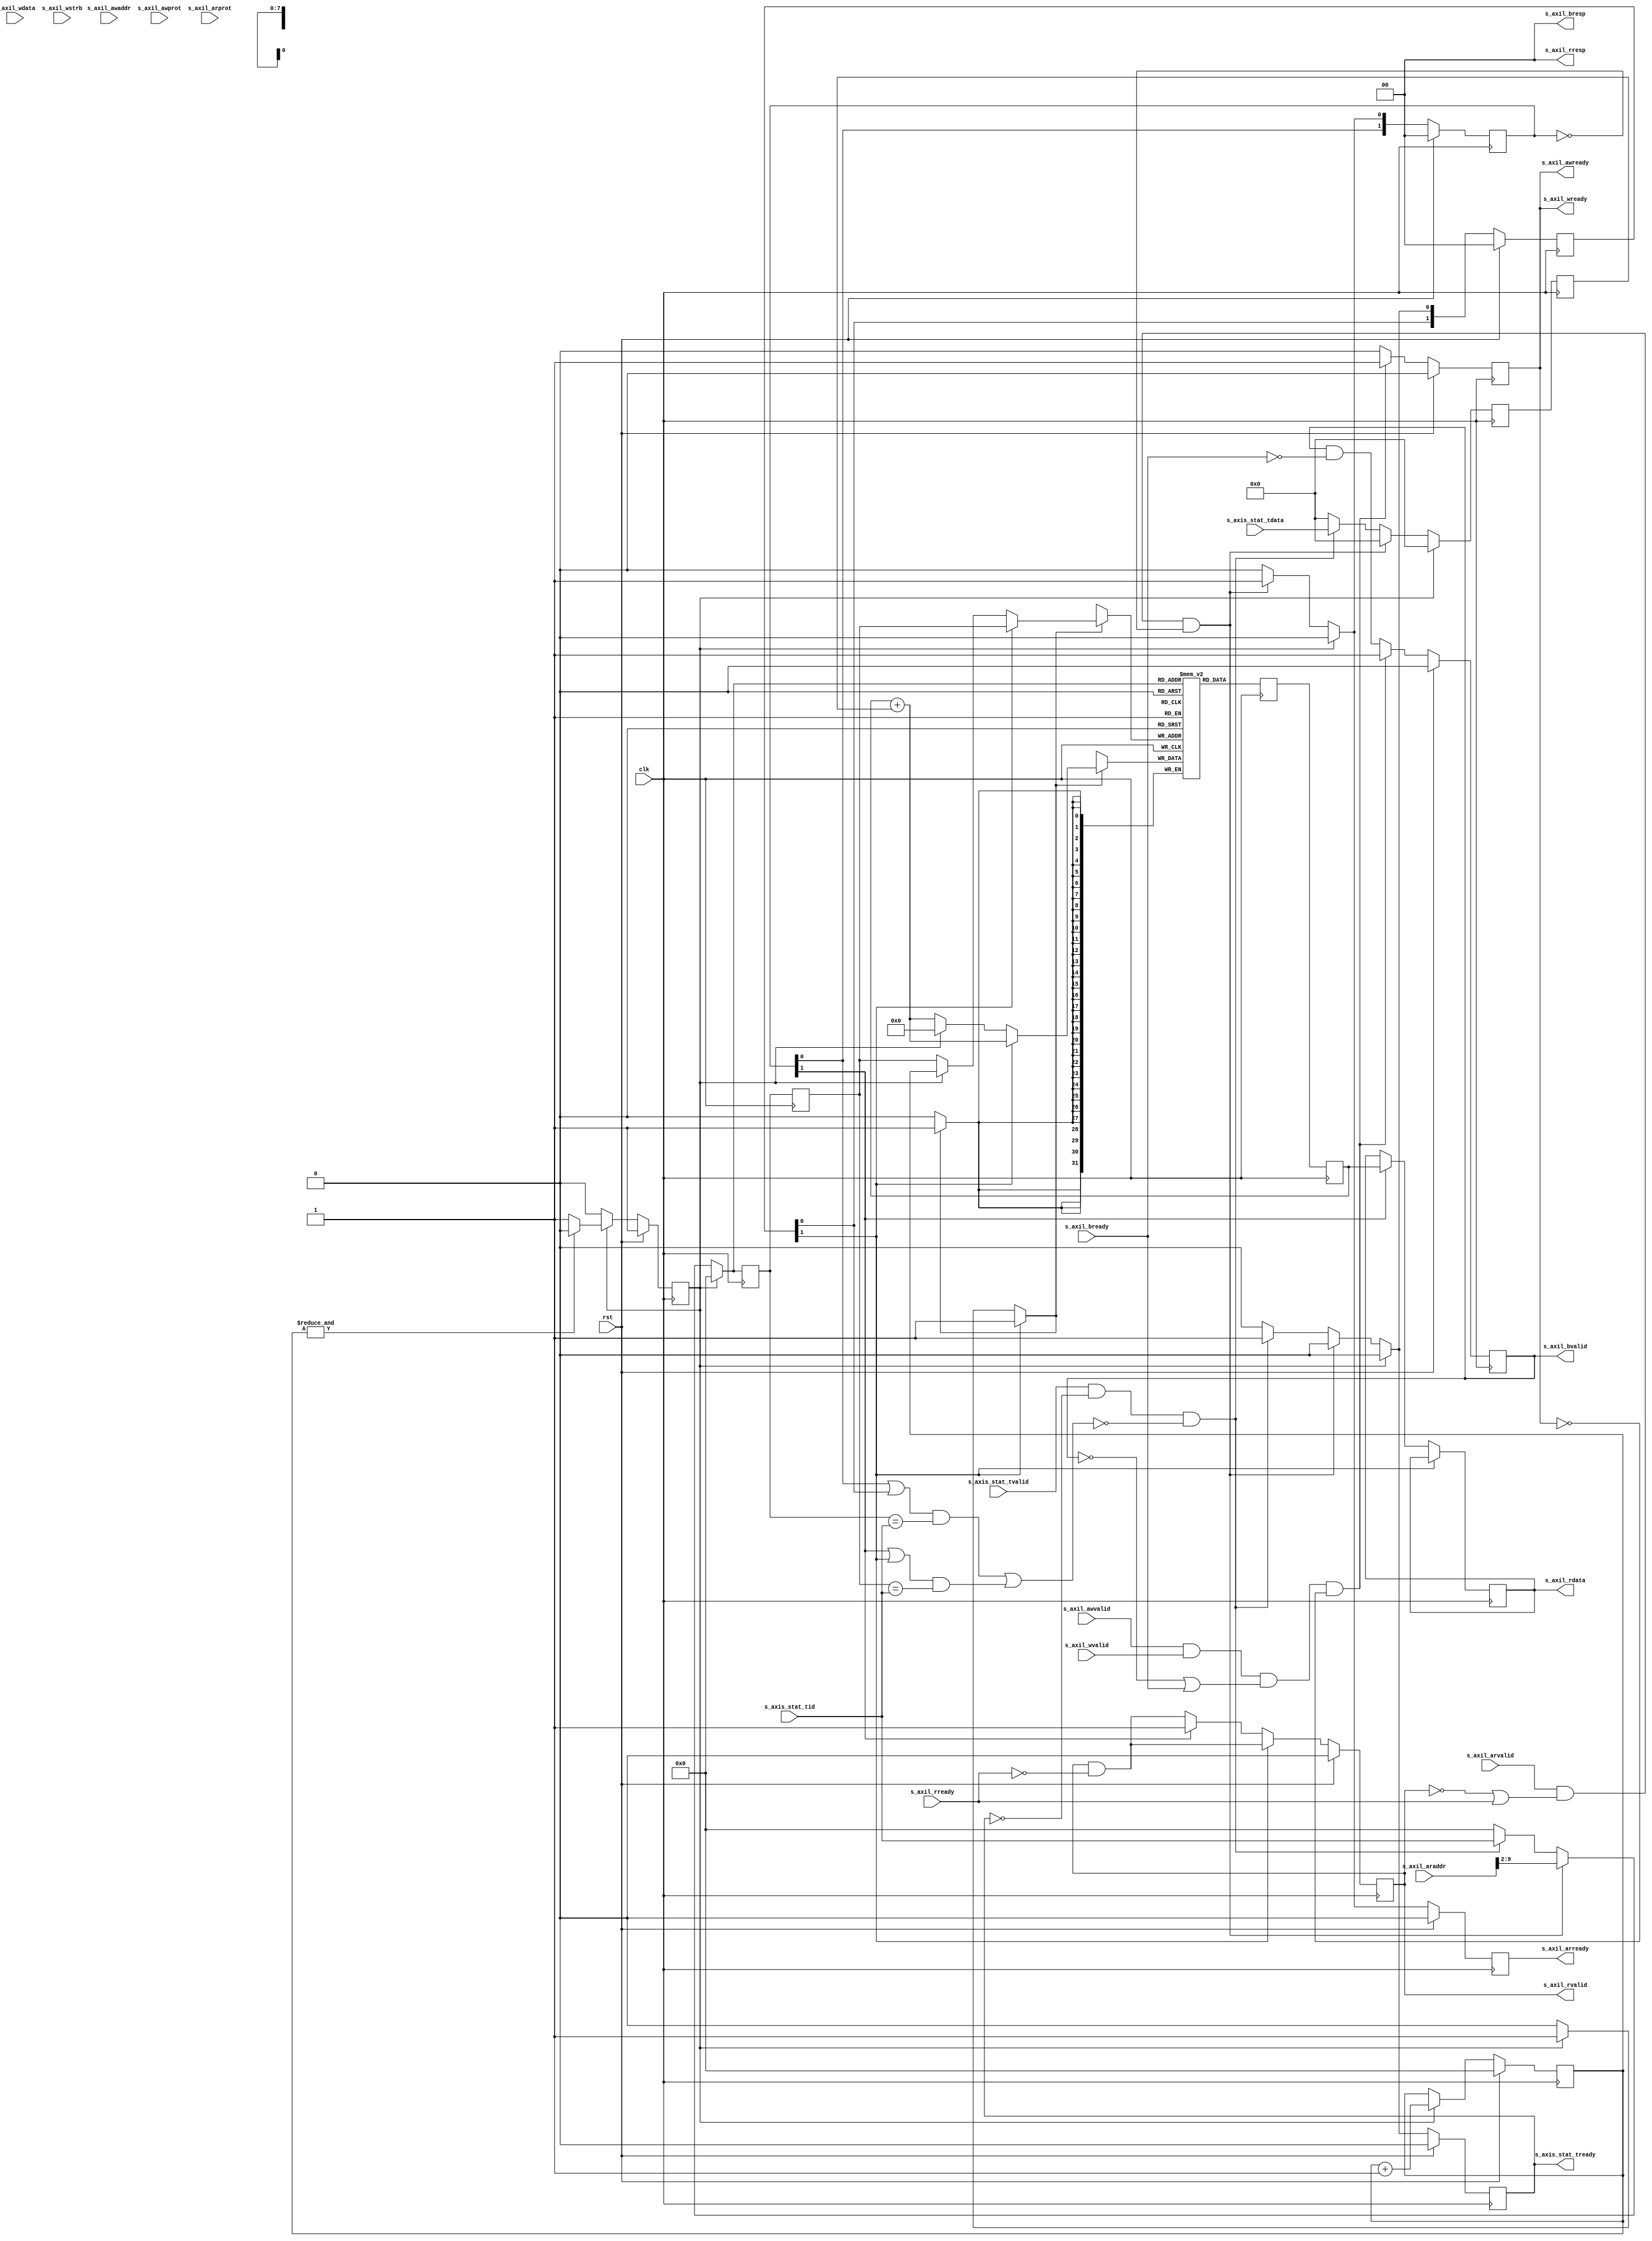
/*

Copyright (c) 2021 Alex Forencich

Permission is hereby granted, free of charge, to any person obtaining a copy
of this software and associated documentation files (the "Software"), to deal
in the Software without restriction, including without limitation the rights
to use, copy, modify, merge, publish, distribute, sublicense, and/or sell
copies of the Software, and to permit persons to whom the Software is
furnished to do so, subject to the following conditions:

The above copyright notice and this permission notice shall be included in
all copies or substantial portions of the Software.

THE SOFTWARE IS PROVIDED "AS IS", WITHOUT WARRANTY OF ANY KIND, EXPRESS OR
IMPLIED, INCLUDING BUT NOT LIMITED TO THE WARRANTIES OF MERCHANTABILITY
FITNESS FOR A PARTICULAR PURPOSE AND NONINFRINGEMENT. IN NO EVENT SHALL THE
AUTHORS OR COPYRIGHT HOLDERS BE LIABLE FOR ANY CLAIM, DAMAGES OR OTHER
LIABILITY, WHETHER IN AN ACTION OF CONTRACT, TORT OR OTHERWISE, ARISING FROM,
OUT OF OR IN CONNECTION WITH THE SOFTWARE OR THE USE OR OTHER DEALINGS IN
THE SOFTWARE.

*/

// Language: Verilog 2001

`resetall
`timescale 1ns / 1ps
`default_nettype none

/*
 * Statistics counter
 */
module stats_counter #
(
    // Statistics counter increment width (bits)
    parameter STAT_INC_WIDTH = 16,
    // Statistics counter ID width (bits)
    parameter STAT_ID_WIDTH = 8,
    // Statistics counter (bits)
    parameter STAT_COUNT_WIDTH = 32,
    // Width of AXI lite data bus in bits
    parameter AXIL_DATA_WIDTH = 32,
    // Width of AXI lite address bus in bits
    parameter AXIL_ADDR_WIDTH = STAT_ID_WIDTH+$clog2(((AXIL_DATA_WIDTH > STAT_COUNT_WIDTH ? AXIL_DATA_WIDTH : STAT_COUNT_WIDTH)+7)/8),
    // Width of AXI lite wstrb (width of data bus in words)
    parameter AXIL_STRB_WIDTH = (AXIL_DATA_WIDTH/8),
    // Pipeline length
    parameter PIPELINE = 2
)
(
    input  wire                        clk,
    input  wire                        rst,

    /*
     * Statistics increment input
     */
    input  wire [STAT_INC_WIDTH-1:0]   s_axis_stat_tdata,
    input  wire [STAT_ID_WIDTH-1:0]    s_axis_stat_tid,
    input  wire                        s_axis_stat_tvalid,
    output wire                        s_axis_stat_tready,

    /*
     * AXI Lite register interface
     */
    input  wire [AXIL_ADDR_WIDTH-1:0]  s_axil_awaddr,
    input  wire [2:0]                  s_axil_awprot,
    input  wire                        s_axil_awvalid,
    output wire                        s_axil_awready,
    input  wire [AXIL_DATA_WIDTH-1:0]  s_axil_wdata,
    input  wire [AXIL_STRB_WIDTH-1:0]  s_axil_wstrb,
    input  wire                        s_axil_wvalid,
    output wire                        s_axil_wready,
    output wire [1:0]                  s_axil_bresp,
    output wire                        s_axil_bvalid,
    input  wire                        s_axil_bready,
    input  wire [AXIL_ADDR_WIDTH-1:0]  s_axil_araddr,
    input  wire [2:0]                  s_axil_arprot,
    input  wire                        s_axil_arvalid,
    output wire                        s_axil_arready,
    output wire [AXIL_DATA_WIDTH-1:0]  s_axil_rdata,
    output wire [1:0]                  s_axil_rresp,
    output wire                        s_axil_rvalid,
    input  wire                        s_axil_rready
);

parameter ID_SHIFT = $clog2(((AXIL_DATA_WIDTH > STAT_COUNT_WIDTH ? AXIL_DATA_WIDTH : STAT_COUNT_WIDTH)+7)/8);
parameter WORD_SELECT_SHIFT = $clog2(AXIL_DATA_WIDTH/8);
parameter WORD_SELECT_WIDTH = STAT_COUNT_WIDTH > AXIL_DATA_WIDTH ? $clog2((STAT_COUNT_WIDTH+7)/8) - $clog2(AXIL_DATA_WIDTH/8) : 0;

// check configuration
initial begin
    if (AXIL_STRB_WIDTH * 8 != AXIL_DATA_WIDTH) begin
        $error("Error: AXI lite interface requires byte (8-bit) granularity (instance %m)");
        $finish;
    end

    if (AXIL_ADDR_WIDTH < STAT_ID_WIDTH+ID_SHIFT) begin
        $error("Error: AXI lite address width too narrow (instance %m)");
        $finish;
    end

    if (PIPELINE < 2) begin
        $error("Error: PIPELINE must be at least 2 (instance %m)");
        $finish;
    end
end

reg init_reg = 1'b1, init_next;
reg [STAT_ID_WIDTH-1:0] init_ptr_reg = 0, init_ptr_next;

reg op_acc_pipe_hazard;
reg stage_active;

reg [PIPELINE-1:0] op_axil_read_pipe_reg = 0, op_axil_read_pipe_next;
reg [PIPELINE-1:0] op_acc_pipe_reg = 0, op_acc_pipe_next;

reg [STAT_ID_WIDTH-1:0] mem_addr_pipeline_reg[PIPELINE-1:0], mem_addr_pipeline_next[PIPELINE-1:0];
reg [WORD_SELECT_WIDTH-1:0] axil_shift_pipeline_reg[PIPELINE-1:0], axil_shift_pipeline_next[PIPELINE-1:0];
reg [STAT_INC_WIDTH-1:0] stat_inc_pipeline_reg[PIPELINE-1:0], stat_inc_pipeline_next[PIPELINE-1:0];

reg s_axis_stat_tready_reg = 1'b0, s_axis_stat_tready_next;

reg s_axil_awready_reg = 0, s_axil_awready_next;
reg s_axil_wready_reg = 0, s_axil_wready_next;
reg s_axil_bvalid_reg = 0, s_axil_bvalid_next;
reg s_axil_arready_reg = 0, s_axil_arready_next;
reg [AXIL_DATA_WIDTH-1:0] s_axil_rdata_reg = 0, s_axil_rdata_next;
reg s_axil_rvalid_reg = 0, s_axil_rvalid_next;

(* ramstyle = "no_rw_check" *)
reg [STAT_COUNT_WIDTH-1:0] mem[2**STAT_ID_WIDTH-1:0];

reg [STAT_ID_WIDTH-1:0] mem_rd_addr;
reg [STAT_ID_WIDTH-1:0] mem_wr_addr;
reg [STAT_COUNT_WIDTH-1:0] mem_wr_data;
reg mem_wr_en;
reg [STAT_COUNT_WIDTH-1:0] mem_read_data_reg = 0;
reg [STAT_COUNT_WIDTH-1:0] mem_read_data_pipeline_reg[PIPELINE-1:1];

assign s_axis_stat_tready = s_axis_stat_tready_reg;

assign s_axil_awready = s_axil_awready_reg;
assign s_axil_wready = s_axil_wready_reg;
assign s_axil_bresp = 2'b00;
assign s_axil_bvalid = s_axil_bvalid_reg;
assign s_axil_arready = s_axil_arready_reg;
assign s_axil_rdata = s_axil_rdata_reg;
assign s_axil_rresp = 2'b00;
assign s_axil_rvalid = s_axil_rvalid_reg;

wire [STAT_ID_WIDTH-1:0] s_axil_araddr_id = s_axil_araddr >> ID_SHIFT;
wire [WORD_SELECT_WIDTH-1:0] s_axil_araddr_shift = s_axil_araddr >> WORD_SELECT_SHIFT;

integer i, j;

initial begin
    // break up loop to work around iteration termination
    for (i = 0; i < 2**STAT_ID_WIDTH; i = i + 2**(STAT_ID_WIDTH/2)) begin
        for (j = i; j < i + 2**(STAT_ID_WIDTH/2); j = j + 1) begin
            mem[j] = 0;
        end
    end

    for (i = 0; i < PIPELINE; i = i + 1) begin
        mem_addr_pipeline_reg[i] = 0;
        axil_shift_pipeline_reg[i] = 0;
        stat_inc_pipeline_reg[i] = 0;
    end
end

always @* begin
    init_next = init_reg;
    init_ptr_next = init_ptr_reg;

    op_axil_read_pipe_next = {op_axil_read_pipe_reg, 1'b0};
    op_acc_pipe_next = {op_acc_pipe_reg, 1'b0};

    mem_addr_pipeline_next[0] = 0;
    axil_shift_pipeline_next[0] = 0;
    stat_inc_pipeline_next[0] = 0;
    for (j = 1; j < PIPELINE; j = j + 1) begin
        mem_addr_pipeline_next[j] = mem_addr_pipeline_reg[j-1];
        axil_shift_pipeline_next[j] = axil_shift_pipeline_reg[j-1];
        stat_inc_pipeline_next[j] = stat_inc_pipeline_reg[j-1];
    end

    s_axis_stat_tready_next = 1'b0;

    s_axil_awready_next = 1'b0;
    s_axil_wready_next = 1'b0;
    s_axil_bvalid_next = s_axil_bvalid_reg && !s_axil_bready;

    s_axil_arready_next = 1'b0;
    s_axil_rdata_next = s_axil_rdata_reg;
    s_axil_rvalid_next = s_axil_rvalid_reg && !s_axil_rready;

    mem_rd_addr = 0;
    mem_wr_addr = mem_addr_pipeline_reg[PIPELINE-1];
    mem_wr_data = mem_read_data_pipeline_reg[PIPELINE-1] + stat_inc_pipeline_reg[PIPELINE-1];
    mem_wr_en = 0;

    op_acc_pipe_hazard = 1'b0;
    stage_active = 1'b0;

    for (j = 0; j < PIPELINE; j = j + 1) begin
        stage_active = op_axil_read_pipe_reg[j] || op_acc_pipe_reg[j];
        op_acc_pipe_hazard = op_acc_pipe_hazard || (stage_active && mem_addr_pipeline_reg[j] == s_axis_stat_tid);
    end

    // discard writes
    if (s_axil_awvalid && s_axil_wvalid && (!s_axil_bvalid || s_axil_bready) && (!s_axil_awready && !s_axil_wready)) begin
        s_axil_awready_next = 1'b1;
        s_axil_wready_next = 1'b1;
        s_axil_bvalid_next = 1'b1;
    end

    // pipeline stage 0 - accept request
    if (init_reg) begin
        init_ptr_next = init_ptr_reg + 1;

        mem_wr_addr = init_ptr_reg;
        mem_wr_data = 0;
        mem_wr_en = 1'b1;

        if (&init_ptr_reg) begin
            init_next = 1'b0;
        end
    end else if (s_axil_arvalid && (!s_axil_rvalid || s_axil_rready) && !op_axil_read_pipe_reg) begin
        // AXIL read
        op_axil_read_pipe_next[0] = 1'b1;

        s_axil_arready_next = 1'b1;

        mem_rd_addr = s_axil_araddr_id;
        mem_addr_pipeline_next[0] = s_axil_araddr_id;
        axil_shift_pipeline_next[0] = s_axil_araddr_shift;
    end else if (s_axis_stat_tvalid && !s_axis_stat_tready && !op_acc_pipe_hazard) begin
        // accumulate
        op_acc_pipe_next[0] = 1'b1;

        s_axis_stat_tready_next = 1'b1;

        stat_inc_pipeline_next[0] = s_axis_stat_tdata;

        mem_rd_addr = s_axis_stat_tid;
        mem_addr_pipeline_next[0] = s_axis_stat_tid;
    end

    // read complete, perform operation
    if (op_acc_pipe_reg[PIPELINE-1]) begin
        // accumulate
        mem_wr_addr = mem_addr_pipeline_reg[PIPELINE-1];
        mem_wr_data = mem_read_data_pipeline_reg[PIPELINE-1] + stat_inc_pipeline_reg[PIPELINE-1];
        mem_wr_en = 1'b1;
    end else if (op_axil_read_pipe_reg[PIPELINE-1]) begin
        // AXIL read
        s_axil_rvalid_next = 1'b1;
        s_axil_rdata_next = 0;

        if (STAT_COUNT_WIDTH > AXIL_DATA_WIDTH) begin
            s_axil_rdata_next = mem_read_data_pipeline_reg[PIPELINE-1] >> axil_shift_pipeline_reg[PIPELINE-1]*AXIL_DATA_WIDTH;
        end else begin
            s_axil_rdata_next = mem_read_data_pipeline_reg[PIPELINE-1];
        end
    end
end

always @(posedge clk) begin
    init_reg <= init_next;
    init_ptr_reg <= init_ptr_next;

    op_axil_read_pipe_reg <= op_axil_read_pipe_next;
    op_acc_pipe_reg <= op_acc_pipe_next;

    s_axis_stat_tready_reg <= s_axis_stat_tready_next;

    s_axil_awready_reg <= s_axil_awready_next;
    s_axil_wready_reg <= s_axil_wready_next;
    s_axil_bvalid_reg <= s_axil_bvalid_next;
    s_axil_arready_reg <= s_axil_arready_next;
    s_axil_rdata_reg <= s_axil_rdata_next;
    s_axil_rvalid_reg <= s_axil_rvalid_next;

    for (i = 0; i < PIPELINE; i = i + 1) begin
        mem_addr_pipeline_reg[i] <= mem_addr_pipeline_next[i];
        axil_shift_pipeline_reg[i] <= axil_shift_pipeline_next[i];
        stat_inc_pipeline_reg[i] <= stat_inc_pipeline_next[i];
    end

    if (mem_wr_en) begin
        mem[mem_wr_addr] <= mem_wr_data;
    end
    mem_read_data_reg <= mem[mem_rd_addr];
    mem_read_data_pipeline_reg[1] <= mem_read_data_reg;
    for (i = 2; i < PIPELINE; i = i + 1) begin
        mem_read_data_pipeline_reg[i] <= mem_read_data_pipeline_reg[i-1];
    end

    if (rst) begin
        init_reg <= 1'b1;
        init_ptr_reg <= 0;

        op_axil_read_pipe_reg <= 0;
        op_acc_pipe_reg <= 0;

        s_axis_stat_tready_reg <= 1'b0;

        s_axil_awready_reg <= 1'b0;
        s_axil_wready_reg <= 1'b0;
        s_axil_bvalid_reg <= 1'b0;
        s_axil_arready_reg <= 1'b0;
        s_axil_rvalid_reg <= 1'b0;
    end
end

endmodule

`resetall